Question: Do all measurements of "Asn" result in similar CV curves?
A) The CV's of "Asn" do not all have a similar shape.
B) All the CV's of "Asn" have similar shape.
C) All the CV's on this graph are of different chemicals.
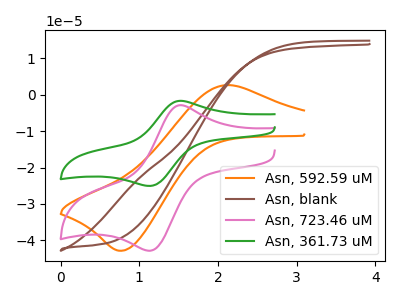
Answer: <think>The orange curve "Asn, 592.59 uM" has an anodic peak at (2.10V, 2.65uA) and a cathodic peak at (0.80V, -42.85uA). The brown curve "Asn, blank" has no peaks. The pink curve "Asn, 723.46 uM" has an anodic peak at (1.50V, -2.90uA) and a cathodic peak at (1.15V, -42.85uA). The green curve "Asn, 361.73 uM" has an anodic peak at (1.50V, -1.70uA) and a cathodic peak at (1.15V, -25.05uA).
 "Asn, 592.59 uM" and "Asn, blank" have a different number of peaks. "Asn, 592.59 uM" and "Asn, 723.46 uM" have at least one peak that do not match. "Asn, 592.59 uM" and "Asn, 361.73 uM" have at least one peak that do not match. "Asn, blank" and "Asn, 723.46 uM" have a different number of peaks. "Asn, blank" and "Asn, 361.73 uM" have a different number of peaks. All the peaks in "Asn, 723.46 uM" have a peak in "Asn, 361.73 uM" at the same potential.</think>
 <answer>B) All the CV's of "Asn" have similar shape.</answer>
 <eval>B</eval>